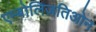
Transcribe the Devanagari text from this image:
एम्बोलिज़तिओन